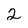
Character: 2